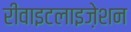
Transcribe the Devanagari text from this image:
रीवाइटलाइज़ेशन